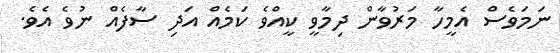
ނަމަވެސް އެމީހާ މަރުވާން ދިމާވީ ކީއްވެ ކަމެއް އަދި ސާފެއް ނުވެ އެވެ.